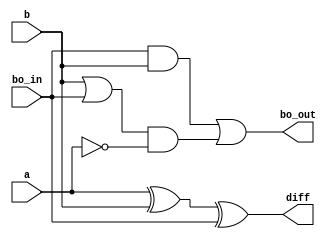
module fullSubtractor(a,b, bo_in, diff, bo_out);
  input a,b,bo_in;
  output diff, bo_out;
  
  wire w1,w2,w3,w4,w5;
  
  xor x1(w1, a,b);
  xor x2(diff, w1, bo_in);
  
  and and1(w2, bo_in,b);
  or or1(w3,b,bo_in);
  not not1(w5,a);
  and and2(w4, w3, w5);
  or or2(bo_out,w2,w4);
  
endmodule